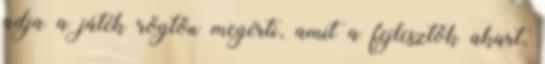
adja a játék rögtön megérti, amit a fejlesztők akart,